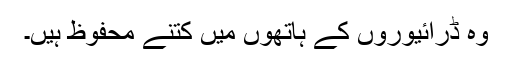
وہ ڈرائیوروں کے ہاتھوں میں کتنے محفوظ ہیں۔